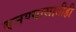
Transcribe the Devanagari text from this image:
बनण्यासाठीही